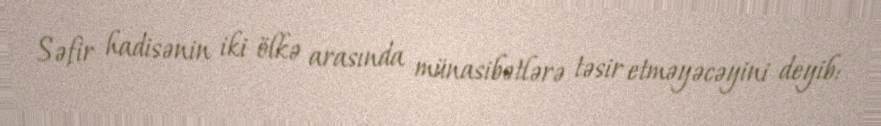
Səfir hadisənin iki ölkə arasında münasibətlərə təsir etməyəcəyini deyib: